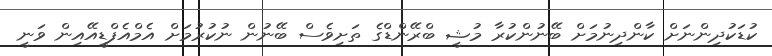
ކުޑަކުދިންނަށް ކާންދިނުމަށް ބޭނުންކުރާ މުޝީ ބްރޭންޑްގެ ތަށިވެސް ބޭނުން ނުކުރުމަށް އެމްއެފްޑީއޭއިން ވަނީ